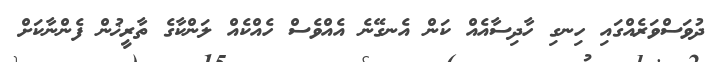
ދުވަސްވަރެއްގައި ހިނގި ހާދިސާއެއް ކަން އެނގޭނެ އެއްވެސް ހެއްކެއް ލަންކާގެ ތާރީޚުން ފެންނާކަށް